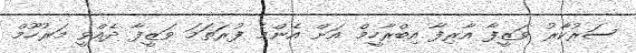
ސަރުކާރު ވަޒީފާ އާރިފާ އިބްރާހީމް އަށް އެންމެ ފުރަތަމަ ވަޒީފާ ދެއްވީ މަރުހޫމް